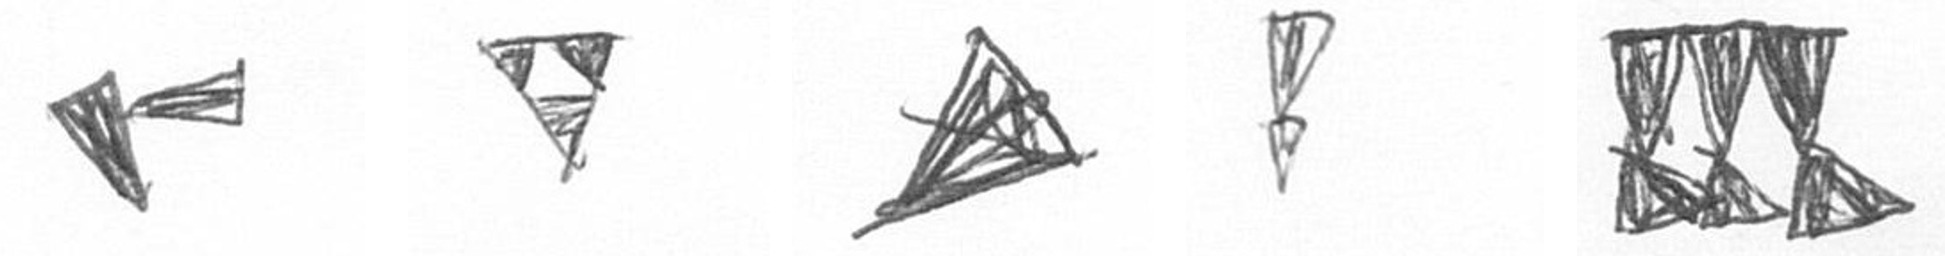
F S O Z D